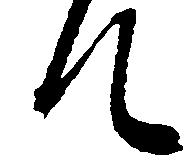
て